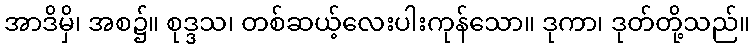
အာဒိမှိ၊ အစ၌။ စုဒ္ဒသ၊ တစ်ဆယ့်လေးပါးကုန်သော။ ဒုကာ၊ ဒုတ်တို့သည်။